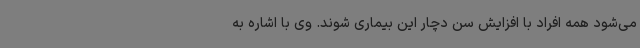
می‌شود همه افراد با افزایش سن دچار این بیماری شوند. وی با اشاره به